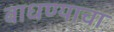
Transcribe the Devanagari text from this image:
बाधण्याचा